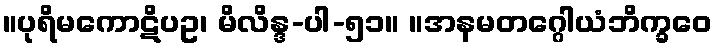
။ပုရိမကောဋိပဥ၊ မိလိန္ဒ-ပါ-၅၁။ ။အနမတဂ္ဂေါယံဘိက္ခဝေ